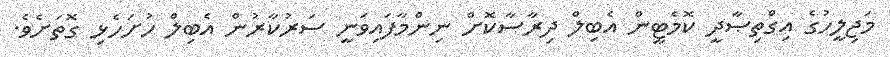
މަޖިލީހުގެ އިގްތިޞާދީ ކޮމެޓީން އެބިލް ދިރާސާކޮށް ނިންމާފައިވަނީ ސަރުކާރުން އެބިލް ހުށަހެޅި ގޮތަށެވެ.